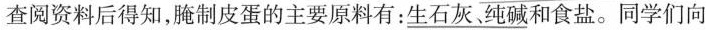
查阅资料后得知，腌制皮蛋的主要原料有：\underline{生}\underline{石}\underline{灰}\underline{、}\underline{纯}\underline{碱}和食盐。同学们向